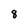
Character: 8